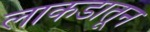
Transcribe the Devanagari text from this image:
लाकडातून